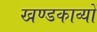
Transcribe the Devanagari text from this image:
खण्डकाव्यों